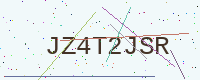
Text: JZ4T2JSR